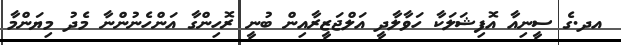
އދ.ގެ ސީނިއާ އޮފިޝަލަކާ ހަވާލާދީ އަލްޖަޒީރާއިން ބުނީ ރޮހިންގާ އަންހެނުންނާ މެދު މިޔަންމާ